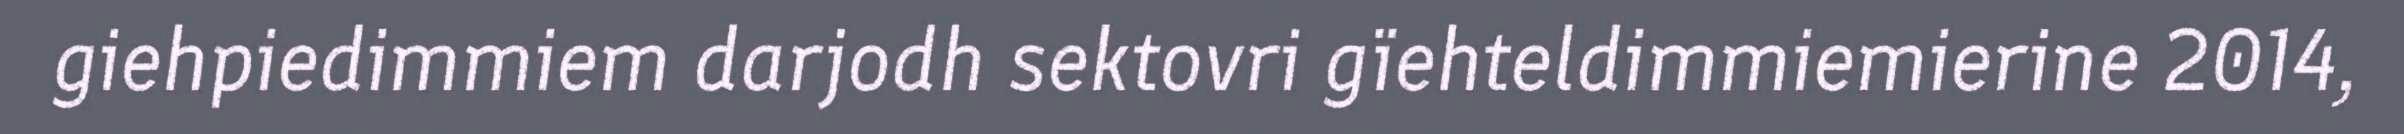
giehpiedimmiem darjodh sektovri gïehteldimmiemierine 2014,